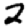
Digit: 2